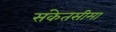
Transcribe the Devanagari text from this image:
संकेतसीमा